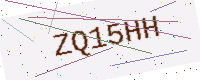
Text: ZQ15HH